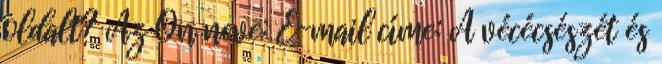
oldalt? Az Ön neve: E-mail címe: A vécécsészét és